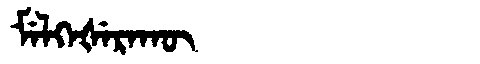
Manchu: ᠮᡝᠯᡴᡝᡧᡝᡵᠠᡴᡡ
Romanization: MELKEŠERAKŪ